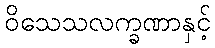
ဝိသေသလက္ခဏာနှင့်